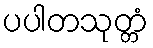
ပပါတသုတ္တံ